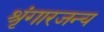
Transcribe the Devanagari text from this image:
श्रृंगारजन्य